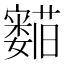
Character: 𬟛